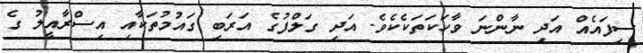
ސިފައެއް އަދި ނާންނަ ވާހަކަތަކެކެވެ. އަދި ގަލްފުގެ އަރަބި ގައުމުތަކާއި އިސްރާއީލު ގެ